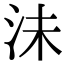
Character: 沬